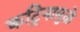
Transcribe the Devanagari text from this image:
कट्रिनामुळे